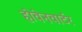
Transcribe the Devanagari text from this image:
होवेनवार्टर